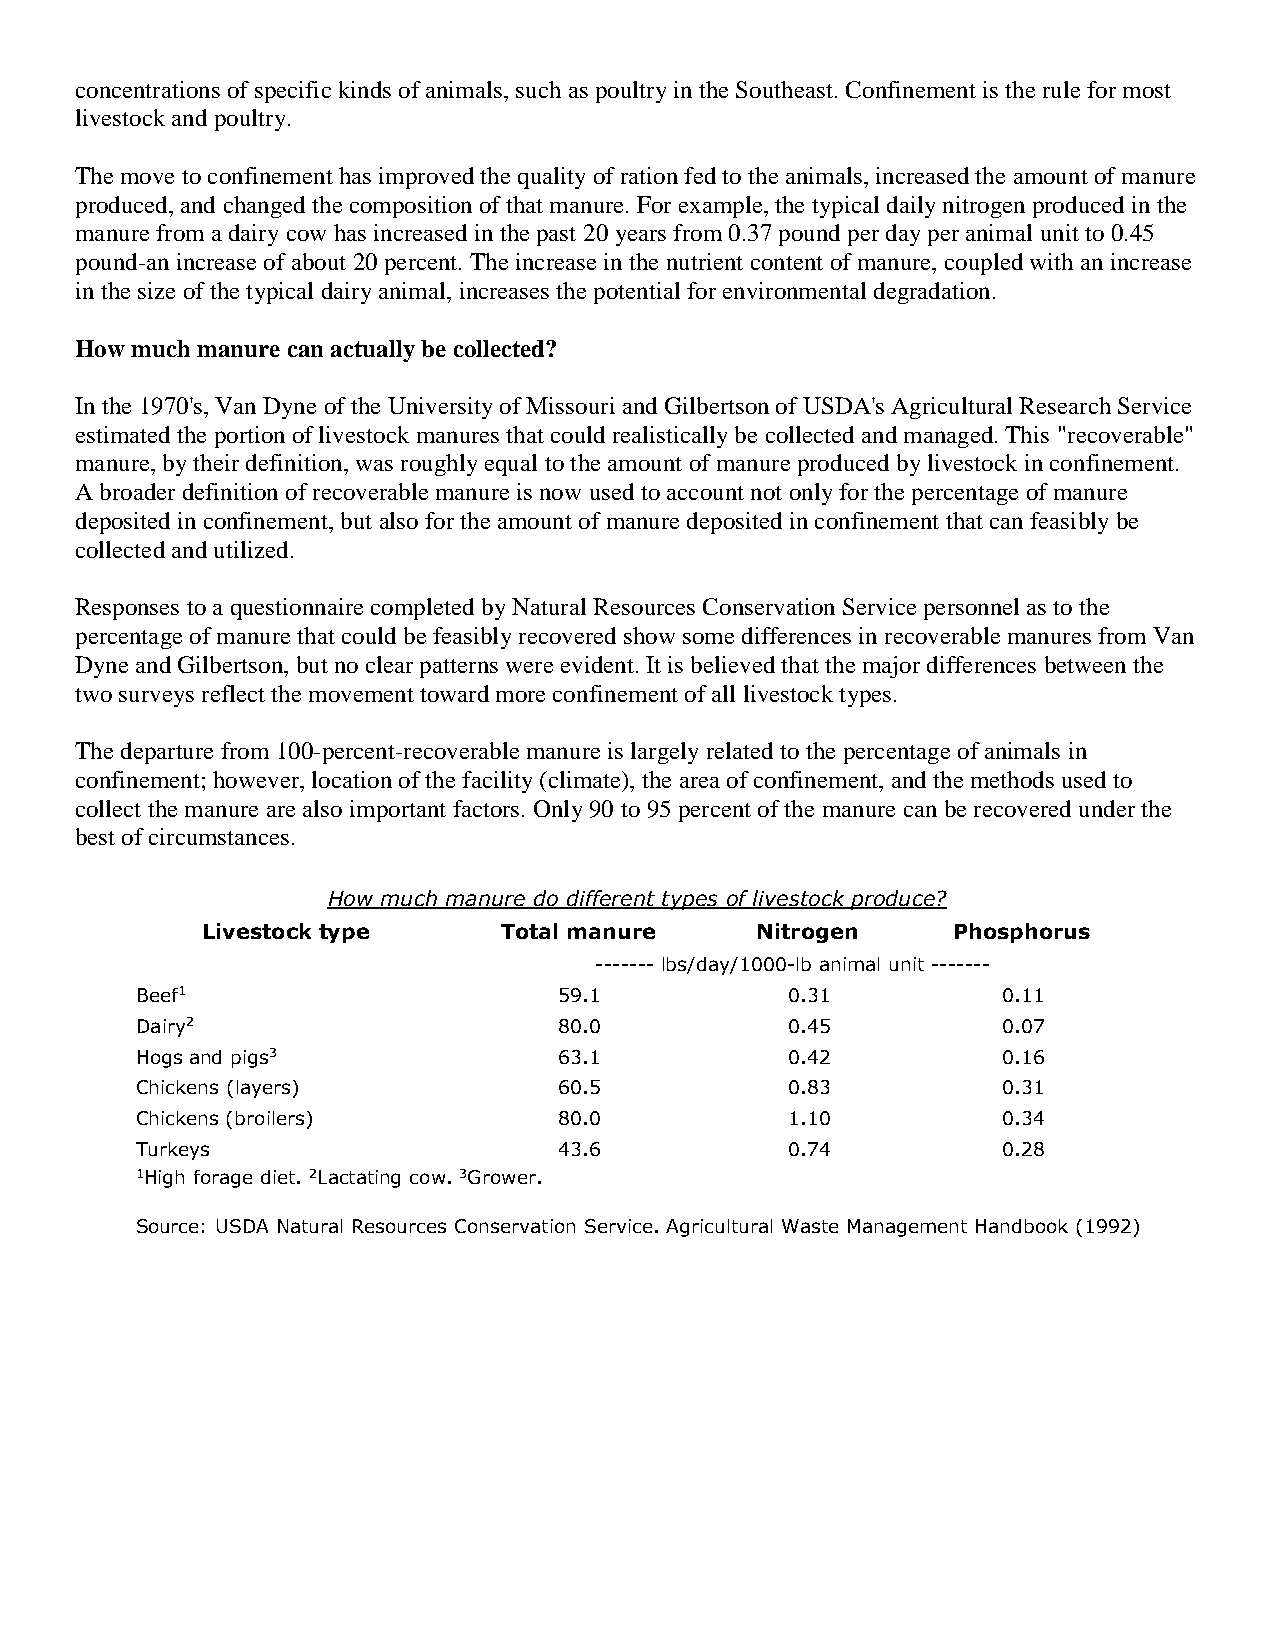
concentrations of specific kinds of animals, such as poultry in the Southeast. Confinement is the rule for most
 livestock and poultry.
 The move to confinement has improved the quality of ration fed to the animals, increased the amount of manure
 produced, and changed the composition of that manure. For example, the typical daily nitrogen produced in the
 manure from a dairy cow has increased in the past 20 years from 0.37 pound per day per animal unit to 0.45
 pound-an increase of about 20 percent. The increase in the nutrient content of manure, coupled with an increase
 in the size of the typical dairy animal, increases the potential for environmental degradation.
 How much manure can actually be collected?
 In the 1970's, Van Dyne of the University of Missouri and Gilbertson of USDA's Agricultural Research Service
 estimated the portion of livestock manures that could realistically be collected and managed. This "recoverable"
 manure, by their definition, was roughly equal to the amount of manure produced by livestock in confinement.
 A broader definition of recoverable manure is now used to account not only for the percentage of manure
 deposited in confinement, but also for the amount of manure deposited in confinement that can feasibly be
 collected and utilized.
 Responses to a questionnaire completed by Natural Resources Conservation Service personnel as to the
 percentage of manure that could be feasibly recovered show some differences in recoverable manures from Van
 Dyne and Gilbertson, but no clear patterns were evident. It is believed that the major differences between the
 two surveys reflect the movement toward more confinement of all livestock types.
 The departure from 100-percent-recoverable manure is largely related to the percentage of animals in
 confinement; however, location of the facility (climate), the area of confinement, and the methods used to
 collect the manure are also important factors. Only 90 to 95 percent of the manure can be recovered under the
 best of circumstances.
 How much manure do different types of livestock produce?
 Livestock type      Total manure     Nitrogen     Phosphorus
 ------- lbs/day/1000-lb animal unit -------
 Beef1                       59.1           0.31          0.11
 Dairy2                      80.0           0.45          0.07
 Hogs and pigs3              63.1           0.42          0.16
 Chickens (layers)           60.5           0.83          0.31
 Chickens (broilers)         80.0           1.10          0.34
 Turkeys                     43.6           0.74          0.28
 1High forage diet. 2Lactating cow. 3Grower.
 Source: USDA Natural Resources Conservation Service. Agricultural Waste Management Handbook (1992)